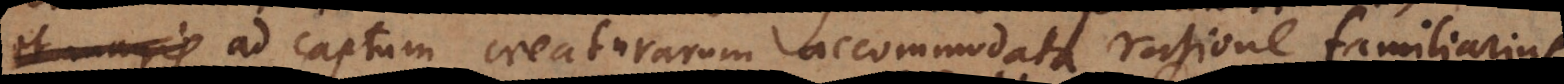
et ad captum creaturarum accommodata ratione familiarius